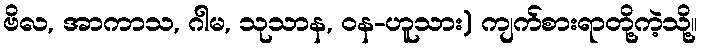
ဗိလ, အာကာသ, ဂါမ, သုသာန, ဝန-ဟူသား) ကျက်စားရာတို့ကဲ့သို့။